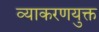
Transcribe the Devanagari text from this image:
व्याकरणयुक्त